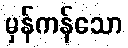
မှန်ကန်သော